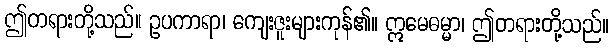
ဤတရားတို့သည်။ ဥပကာရာ၊ ကျေးဇူးများကုန်၏။ ဣမေဓမ္မာ၊ ဤတရားတို့သည်။